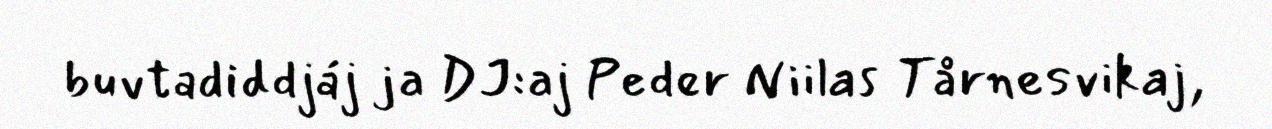
buvtadiddjáj ja DJ:aj Peder Niilas Tårnesvikaj,